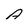
Character: A